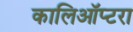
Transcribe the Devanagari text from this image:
कालिऑप्टरा